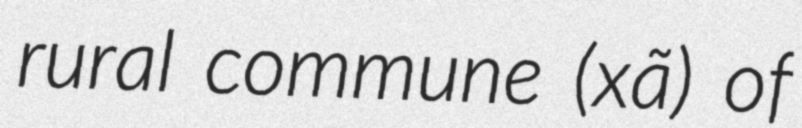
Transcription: rural commune (xã) of